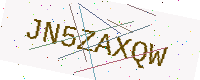
Text: JN5ZAXQW